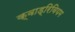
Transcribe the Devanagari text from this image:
क्वाड्रिवियम